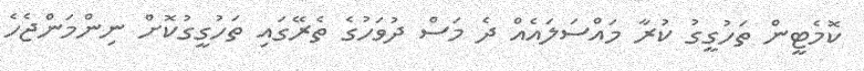
ކޮމެޓީން ތަހުގީގު ކުރާ މައްސަލައެއް ދެ މަސް ދުވަހުގެ ތެރޭގައި ތަހުގީގުކޮށް ނިންމަންޖެހެ